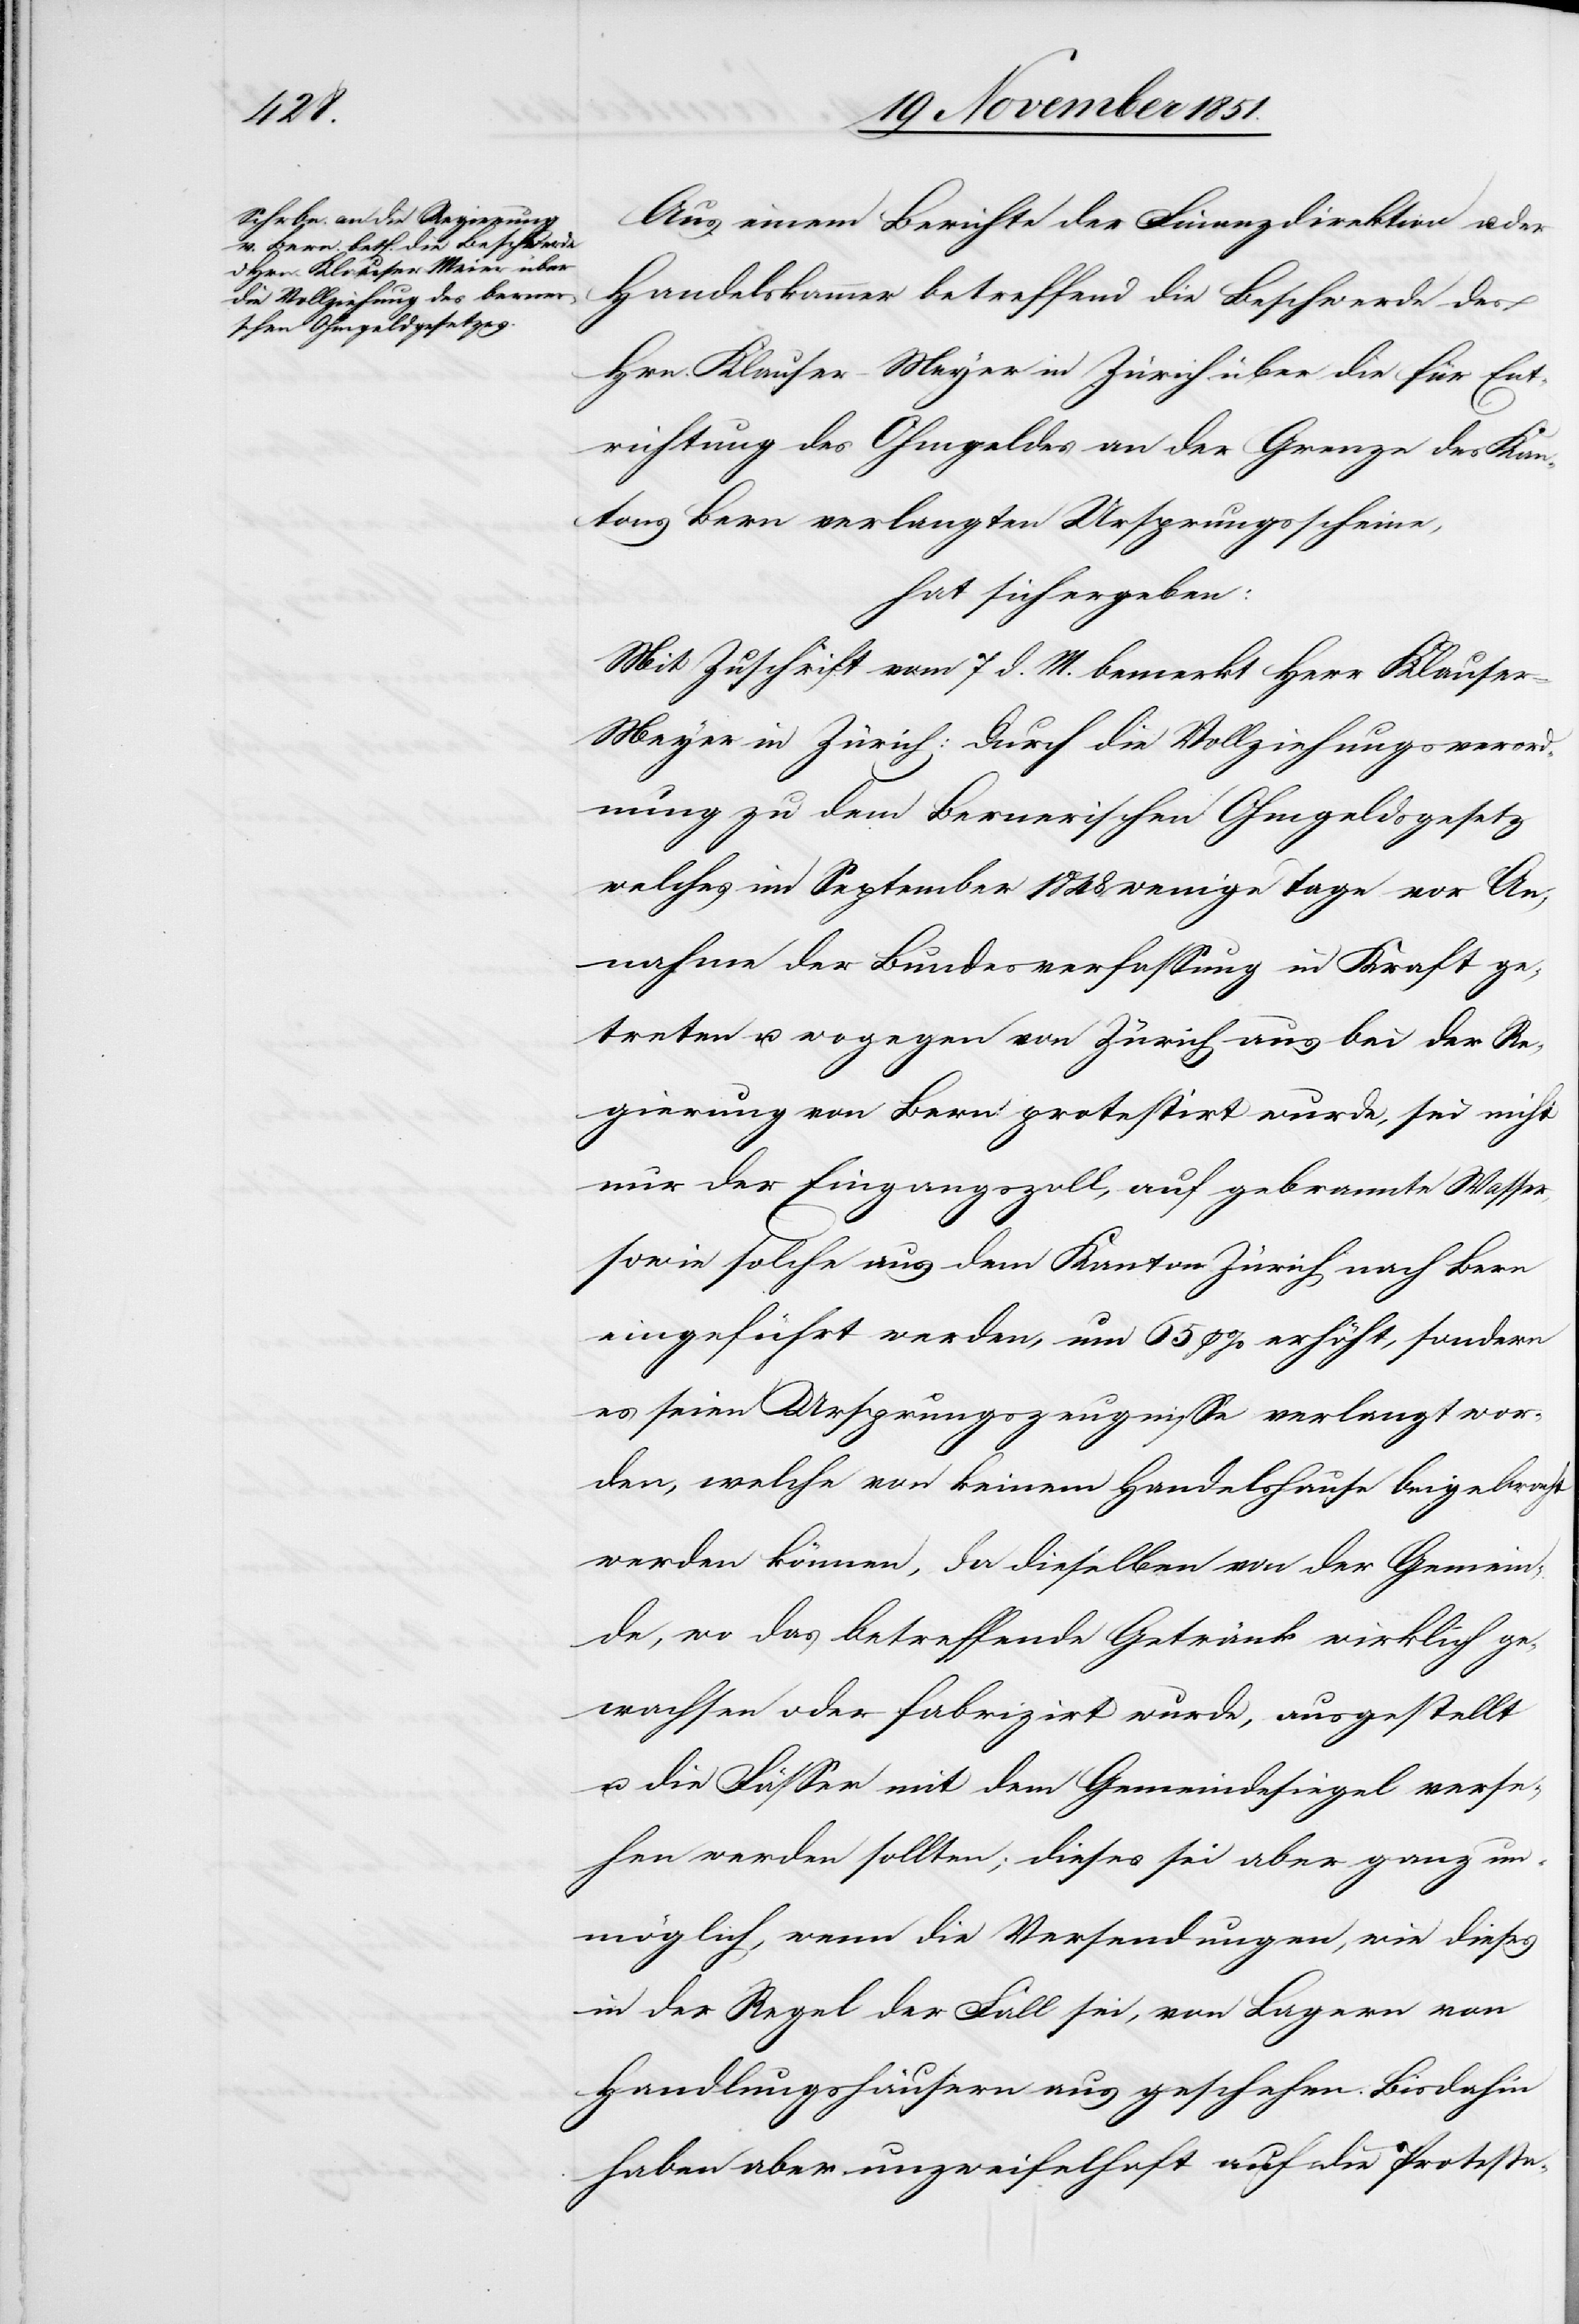
Aus einem Berichte der Finanzdirektion u. der
Handelskammer betreffend die Beschwerde des
Hrn. Klauser-Meyer [sic!] in Zürich über die für Ent¬
richtung des Ohmgeldes an der Grenze des Kan¬
tons Bern verlangten Ursprungsscheine,
hat sich ergeben:
Mit Zuschrift vom 7 d. M. bemerkt Herr Klause¬
r-Meyer in Zürich: Durch die Vollziehungsverord¬
nung zu dem Bernerischen Ohmgeldsgesetz
welches im September 1848 wenige Tage vor An¬
nahme der Bundesverfassung in Kraft ge¬
treten u. wogegen von Zürich aus bei der Re¬
gierung von Bern protestirt wurde, sei nicht
nur der Eingangszoll, auf gebrannte Wasser,
sowie solche aus dem Kanton Zürich nach Bern
eingeführt werden, um 65 p % erhöht, sondern
es seien Ursprungszeugnisse verlangt wor¬
den, welche von keinem Handelshause beigebracht
werden können, da dieselben von der Gemein¬
de, wo das betreffende Getränk wirklich ge¬
wachsen oder fabrizirt wurde, ausgestellt
u. die Fässer mit dem Gemeindesiegel verse¬
hen werden sollten; dieses sei aber ganz un¬
möglich, wenn die Versendungen, wie dieses
in der Regel der Fall sei, von Lagern von
Handlungshäusern aus geschehen. Bisdahin
haben aber unzweifelhaft auf die Protesta-